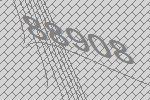
88908